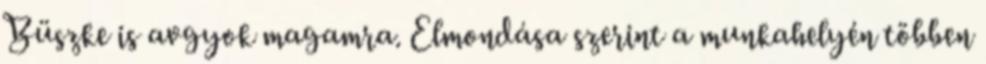
Büszke is avgyok magamra. Elmondása szerint a munkahelyén többen